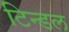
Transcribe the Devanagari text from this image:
टिन्डल